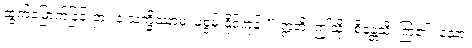
ထွက်မြောက်ခြင်းငှာ။ န သက္ခိဿာမ၊ မစွမ်းနိုင်ကုန်။” ဣတိ၊ ဤသို့။ စိန္တေသိ၊ ကြံ၏။ သော၊